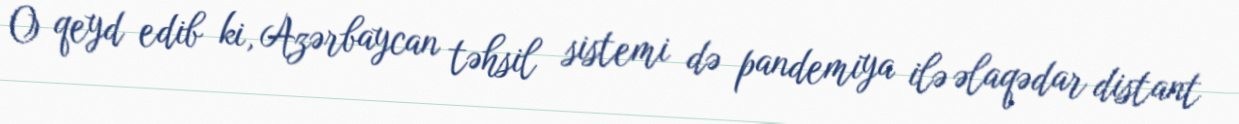
O qeyd edib ki, Azərbaycan təhsil sistemi də pandemiya ilə əlaqədar distant